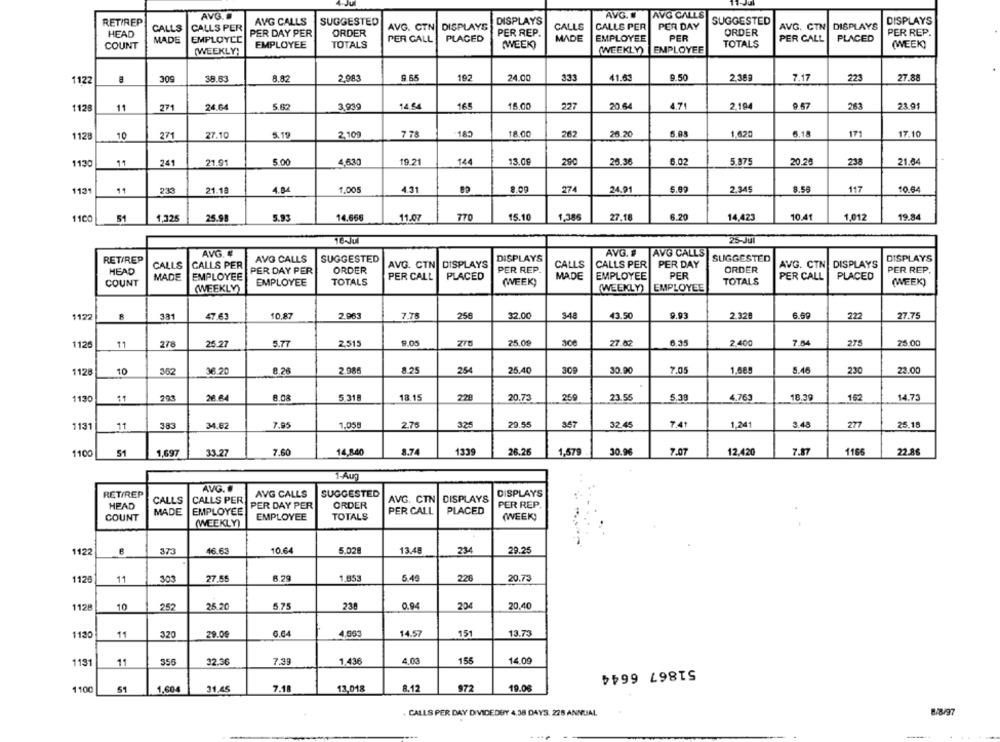
AVG. .
AVG.
AVG CALLS
RETIREP
AVG CALLS
SUGGESTED
DISPLAYS
SUGGESTED
DISPLAYS
CALLS
CALLS PER
AVG. CTN
DISPLAYS
CALLS
CALLS PER
PER DAY
AVG. CTN DISPLAYS
HEAD
PER DAY PER
ORDER
PER CALL
PLACED
PER REP.
MADE
EMPLOYEE
PER
ORDER
PER CALL
PLACED
PER REP.
COUNT
MADE
EMPLOYED
EMPLOYEE
TOTALS
(WEEK)
TOTALS
(WEEK)
[WEEKLY)
(WEEKLY)
EMPLOYEE
1122
309
38.63
8.82
2,983
9.65
192
24.00
333
41.6
9.50
2,389
7.17
223
27.88
1128
11
271
24.64
5.62
3,939
14.54
165
15.00
227
20.6
4.71
2,194
9.67
263
23.9
5.19
2,109
7 78
183
18.00
262
26.20
5.08
1620
6.18
171
17.10
1128
10
271
27.10
1130
11
241
21.91
5.00
4,630
19.21
144
13.09
290
25.36
6.02
5.875
20.20
238
21.64
113
11
233
21.10
4.84
1,005
4.31
8.09
274
24.9
5.09
2.34
8.56
117
10.64
6.20
1.012
1100
51
1,325
25.98
5.93
14.666
11.07
770
15.10
1,385
27.18
14,423
10.41
19.84
25-JU
AVG. #
AVG. #
AVG CALLS
RET/REP
AVG CALLS
SUGGESTED
DISPLAYS
SUGGESTED
DISPLAYS
CALLS
CALLS PER
AVG. CTN DISPLAYS
CALLS
CALLS PER
PER DAY
ORDER
AVG. CTN DISPLAYS
HEAD
PER DAY PER
ORDER
PER REP.
MADE
EMPLOYEE
PER
PER REP.
COUNT
MADE
EMPLOYEE
EMPLOYEE
TOTALS
PER CALL
PLACED
(WEEK)
TOTALS
PER CALL
PLACED
(WEEK)
(WEEKLY)
(WEEKLY)
EMPLOYEE
1122
381
47.63
10.87
2.963
7.78
256
32.00
348
43.5
9.93
2.328
6.99
222
27.75
9.05
3.06
6.35
2.400
25.00
112
11
278
25.27
5.77
2,515
25.00
27.82
7.84
275
1128
10
362
36.20
8.26
2.986
8.25
254
25.40
309
30.0
7.05
1,685
5.46
230
23.0
1130
223
28 64
8.08
5 318
18.15
228
20.73
259
23.55
5.33
4,763
18.39
162
14.73
7.95
2.76
20.55
367
7.41
1.241
3.48
277
131
11
383
34.62
1,058
325
32.45
25.18
110
51
1,697
33.27
7.60
14,840
8.74
1339
26.26
1,579
30.96
7.07
12,420
7.87
1166
22.8
1-Aug
AVG. .
RETIREP
AVG CALLS
SUGGESTED
AVG. CTN DISPLAYS
DISPLAYS
HEAD
CALLS
CALLS PER
PER DAY PER
ORDER
PER REP.
MADE
EMPLOYEE
PER CALL
PLACED
COUNT
EMPLOYEE
TOTALS
(WEEK)
(WEEKLY)
10.64
5.029
13.48
234
29.25
1122
373
46.63
1126
11
303
27.55
6.29
1.653
5.45
226
20.73
1128
10
252
25.20
5.75
238
0.94
204
20,40
1130
11
320
29.00
6.04
4.663
14.57
151
13.79
556
32.30
7.39
1.436
4.00
156
14.09
1131
11
51867 6644
1100
51
1.604
31.45
7.18
13,018
8.12
972
19.06
. CALLS PER DAY DIVIDEDBY 4.38 DAYS. 228 ANNUAL